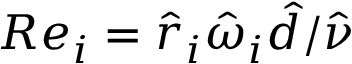
R e _ { i } = \hat { r } _ { i } \hat { \omega } _ { i } \hat { d } / \hat { \nu }